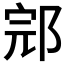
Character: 𰻬